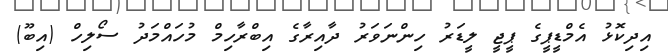
އިދިކޮޅު އެމްޑީޕީގެ ޕީޖީ ލީޑަރު ހިންނަވަރު ދާއިރާގެ އިބްރާހިމް މުހައްމަދު ސޯލިހް (އިބޫ)